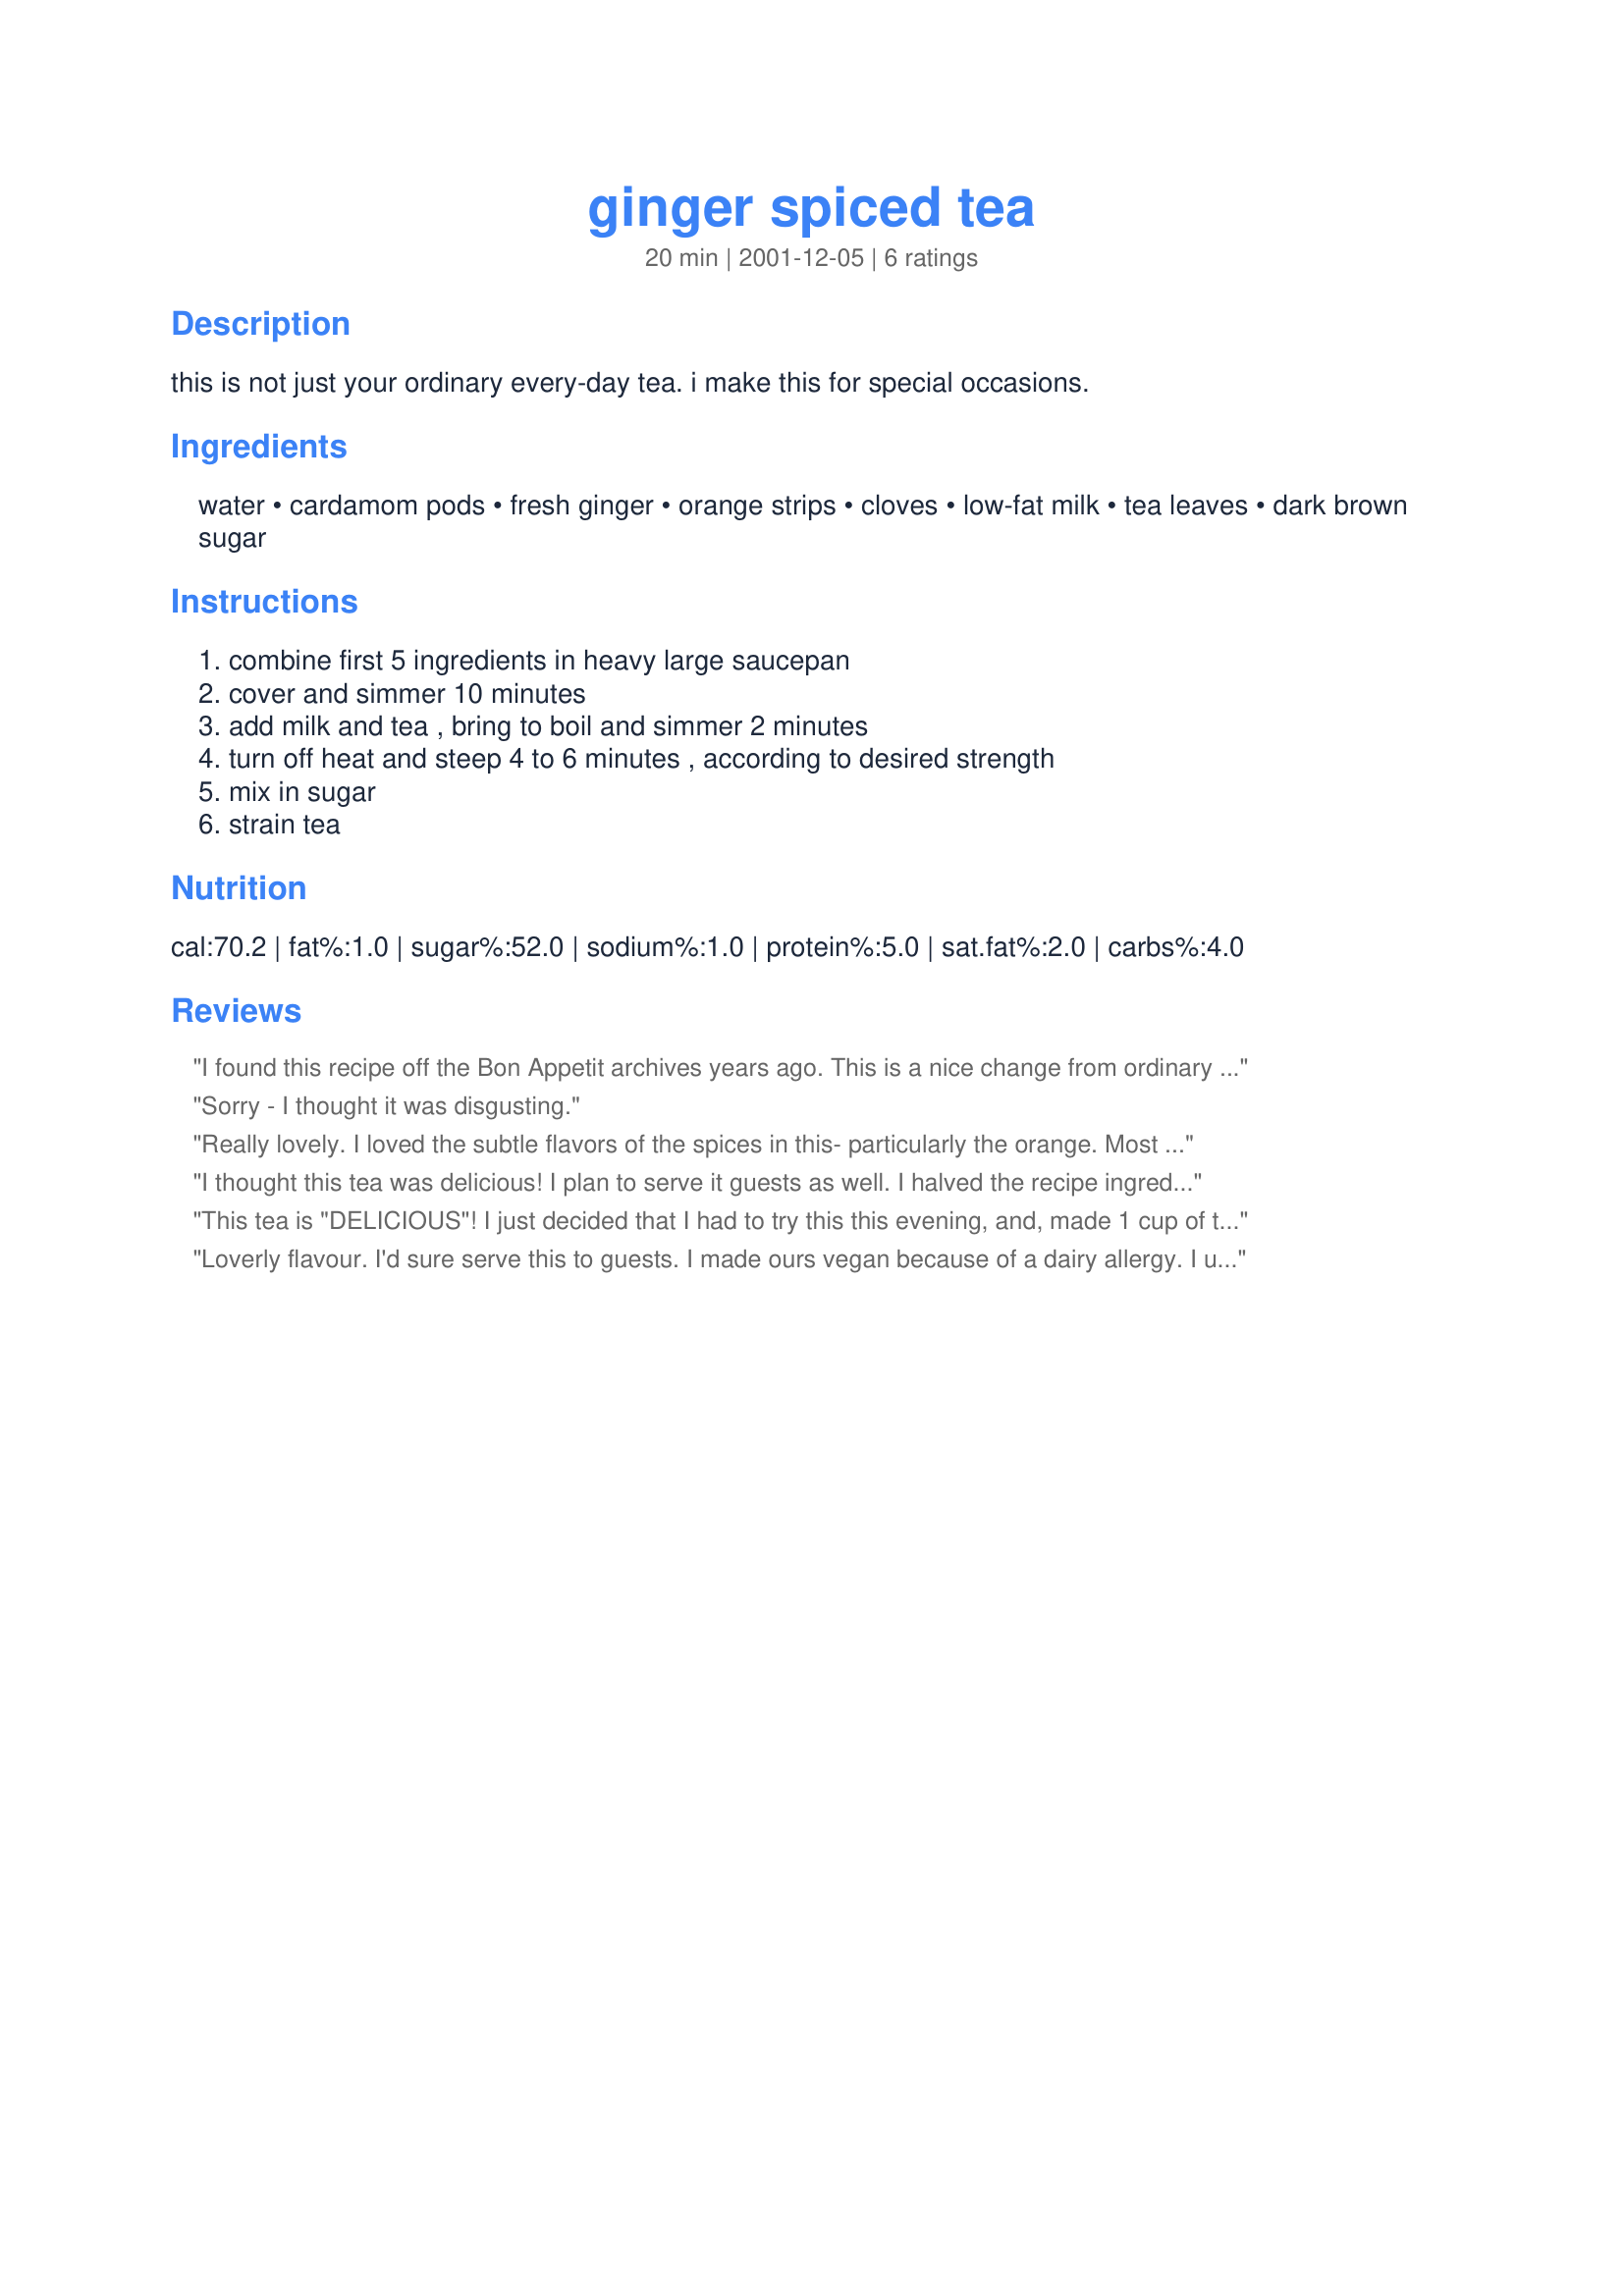
ginger spiced tea
Preparation time: 20 minutes

this is not just your ordinary every-day tea. i make this for special occasions.

Ingredients:
water, cardamom pods, fresh ginger, orange strips, cloves, low-fat milk, tea leaves, dark brown sugar

Steps:
combine first 5 ingredients in heavy large saucepan, cover and simmer 10 minutes, add milk and tea , bring to boil and simmer 2 minutes, turn off heat and steep 4 to 6 minutes , according to desired strength, mix in sugar, strain tea

Reviews:
I found this recipe off the Bon Appetit archives years ago. This is a nice change from ordinary tea. The warmed milk is great for sleep and the ginger is perfect for the settling of the stomach. You can't go wrong with this one!!! I am so glad that you posted this one Mirj...you saved me from posting this and doing all the typing
Sorry - I thought it was disgusting.
Really lovely. I loved the subtle flavors of the spices in this- particularly the orange. Most spiced teas that I make have just common chai spices like cloves, cardamom, cinnamon, etc in them, so the orange was really a fabulous change from the norm. I don't usually sweeten my tea, but I thought the brown sugar added a very nice rich flavor in addition to its sweetness. I made a third of the recipe- that is, 2 servings. BF and I loved it. We had Indian for dinner last night, and this was the perfect light dessert/after dinner drink. I make teas like this with my french press, which its really terrific for. Thanks for a nice one, Mirj!
I thought this tea was delicious! I plan to serve it guests as well. I halved the recipe ingredients and it still came out perfect. I used thin slices of crystallized ginger rather than fresh, as that was what I had on hand. The flavor is like a homemade version "Constant Comment" tea with lots of milk and sugar. I had some lovely Indian Kalami loose tea leaves which worked out well in this. 
Some tips: Keep a watchful eye on your tea after to add the milk - I heated to just a very beginning of a boil, then dropped the heat to the lowest setting - all the while keeping the cover off. Once the 2 minutes were past, and you remove the tea from heat, I re-covered the tea and let it steep only 4 minutes. Also - for easy straining, place a papper coffee filter into a mesh strainer basket set over a bowl or jug. The coffee filter and the mesh strainer catch every last tea leaf.
This tea is "DELICIOUS"! I just decided that I had to try this this evening, and, made 1 cup of this tea. OOOOOOOOOH!!!! I am going crazy and oooh and aaaah o'er this tea, it's so different from the usual tea. I'm not a great tea lover, I love coffee, especially cappucino, but, this tea is now on the top of my list of favourite beverages. I've added 2 tsps. of white sugar and I used about 1 1/2 tbsp. of brown sugar for 1 cup of tea. I just have to say that I'm addicted to this tea from this day. Thank you for such a gingery-spicy-sweet delcious evening with this "Out of the world" tea:)!!!!!!!!!!!!!!!!!!
Loverly flavour. I'd sure serve this to guests. I made ours vegan because of a dairy allergy. I used homemade almond milk made from blanched almonds. I used fresh ginger, four Lipton Yellow Label orange pekoe tea bags as I find they are stronger, plus the rest of the ingredients. I may make this again.
